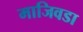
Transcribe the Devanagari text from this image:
माजिवडा